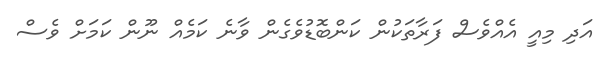
އަދި މިއީ އެއްވެސް ފަރާތަކުން ކަންބޮޑުވެގެން ވާނެ ކަމެއް ނޫން ކަމަށް ވެސް